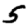
Digit: 5